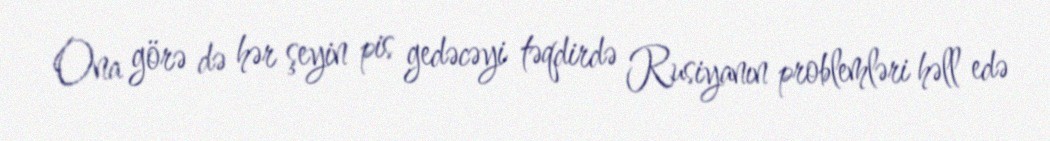
Ona görə də hər şeyin pis gedəcəyi təqdirdə Rusiyanın problemləri həll edə